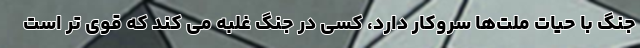
جنگ با حیات ملت‌ها سروکار دارد، کسی در جنگ غلبه می کند که قوی تر است